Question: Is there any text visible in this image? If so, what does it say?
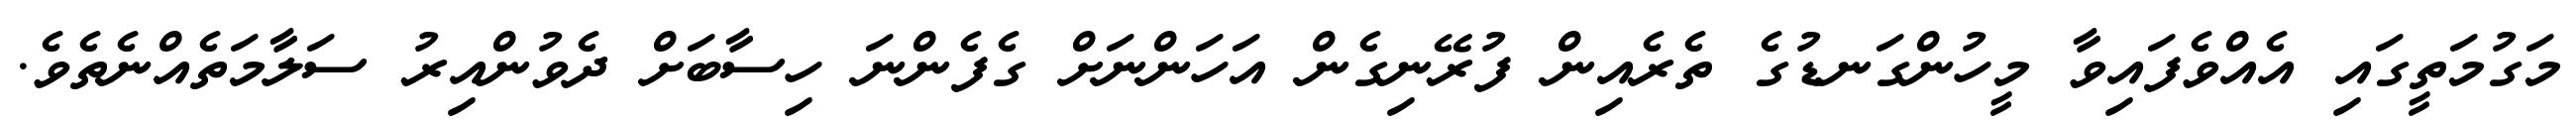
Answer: މަގުމަތީގައި އެއްވެފައިވާ މީހުންގަނޑުގެ ތެރެއިން ފުރޭނިގެން އަހަންނަށް ގެފެންނަ ހިސާބަށް ދެވުންއިރު ސަލާމަތެއްނެތެވެ.